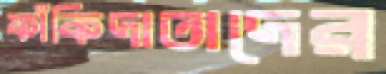
ফাঁকিদাতাদের